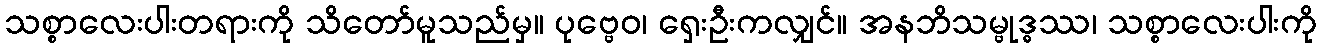
သစ္စာလေးပါးတရားကို သိတော်မူသည်မှ။ ပုဗ္ဗေဝ၊ ရှေးဦးကလျှင်။ အနဘိသမ္ဗုဒ္ဓဿ၊ သစ္စာလေးပါးကို